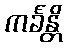
ကင်္ခန္တိ